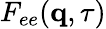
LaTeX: F_{ee}(\mathbf{q},\tau)